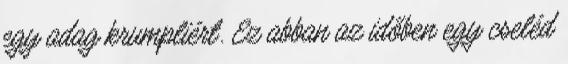
egy adag krumpliért. Ez abban az időben egy cseléd